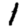
Digit: 1